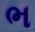
ભ